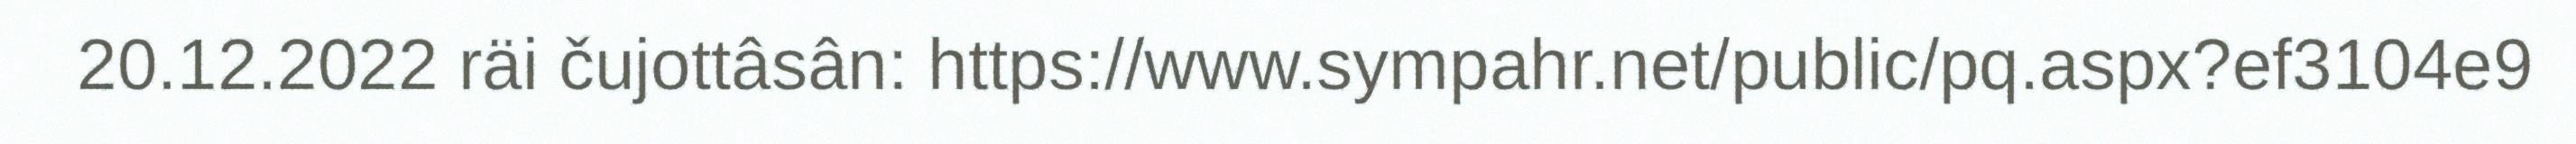
20.12.2022 räi čujottâsân: https://www.sympahr.net/public/pq.aspx?ef3104e9